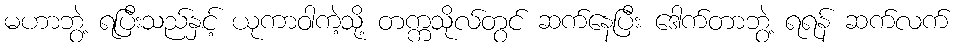
မဟာဘွဲ့ ရပြီးသည်နှင့် ယုကာဝါကဲ့သို့ တက္ကသိုလ်တွင် ဆက်နေပြီး ဒေါက်တာဘွဲ့ ရရန် ဆက်လက်